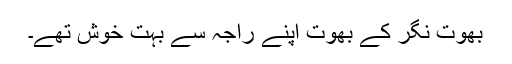
بھوت نگر کے بھوت اپنے راجہ سے بہت خوش تھے۔